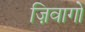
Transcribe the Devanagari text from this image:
ज़िवागो